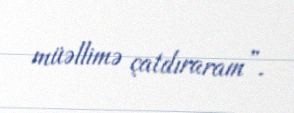
müəllimə çatdıraram”.